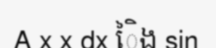
A x x dx ៃិង sin